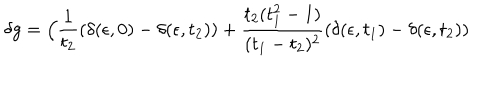
\delta g = \Big ( { \frac { 1 } { t _ { 2 } } } ( \delta ( \epsilon , 0 ) - \delta ( \epsilon , t _ { 2 } ) ) + { \frac { t _ { 2 } ( t _ { 1 } ^ { 2 } - 1 ) } { ( t _ { 1 } - t _ { 2 } ) ^ { 2 } } } ( \delta ( \epsilon , t _ { 1 } ) - \delta ( \epsilon , t _ { 2 } ) )